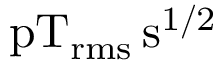
\mathrm { p T _ { r m s } \, s ^ { 1 / 2 } }